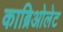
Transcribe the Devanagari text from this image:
काब्रिओलेट